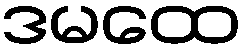
ဒမထေ